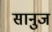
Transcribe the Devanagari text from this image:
सानुज